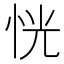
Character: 恍